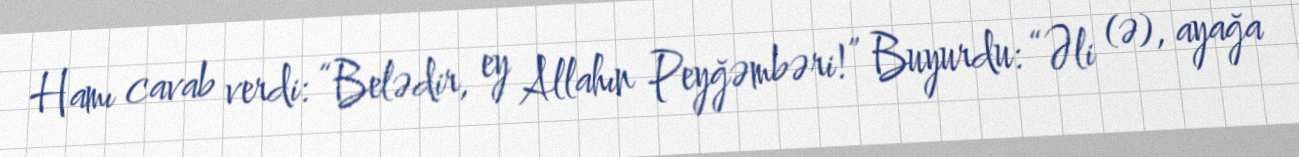
Hamı cavab verdi: “Belədir, ey Allahın Peyğəmbəri!” Buyurdu: “Əli (ə), ayağa